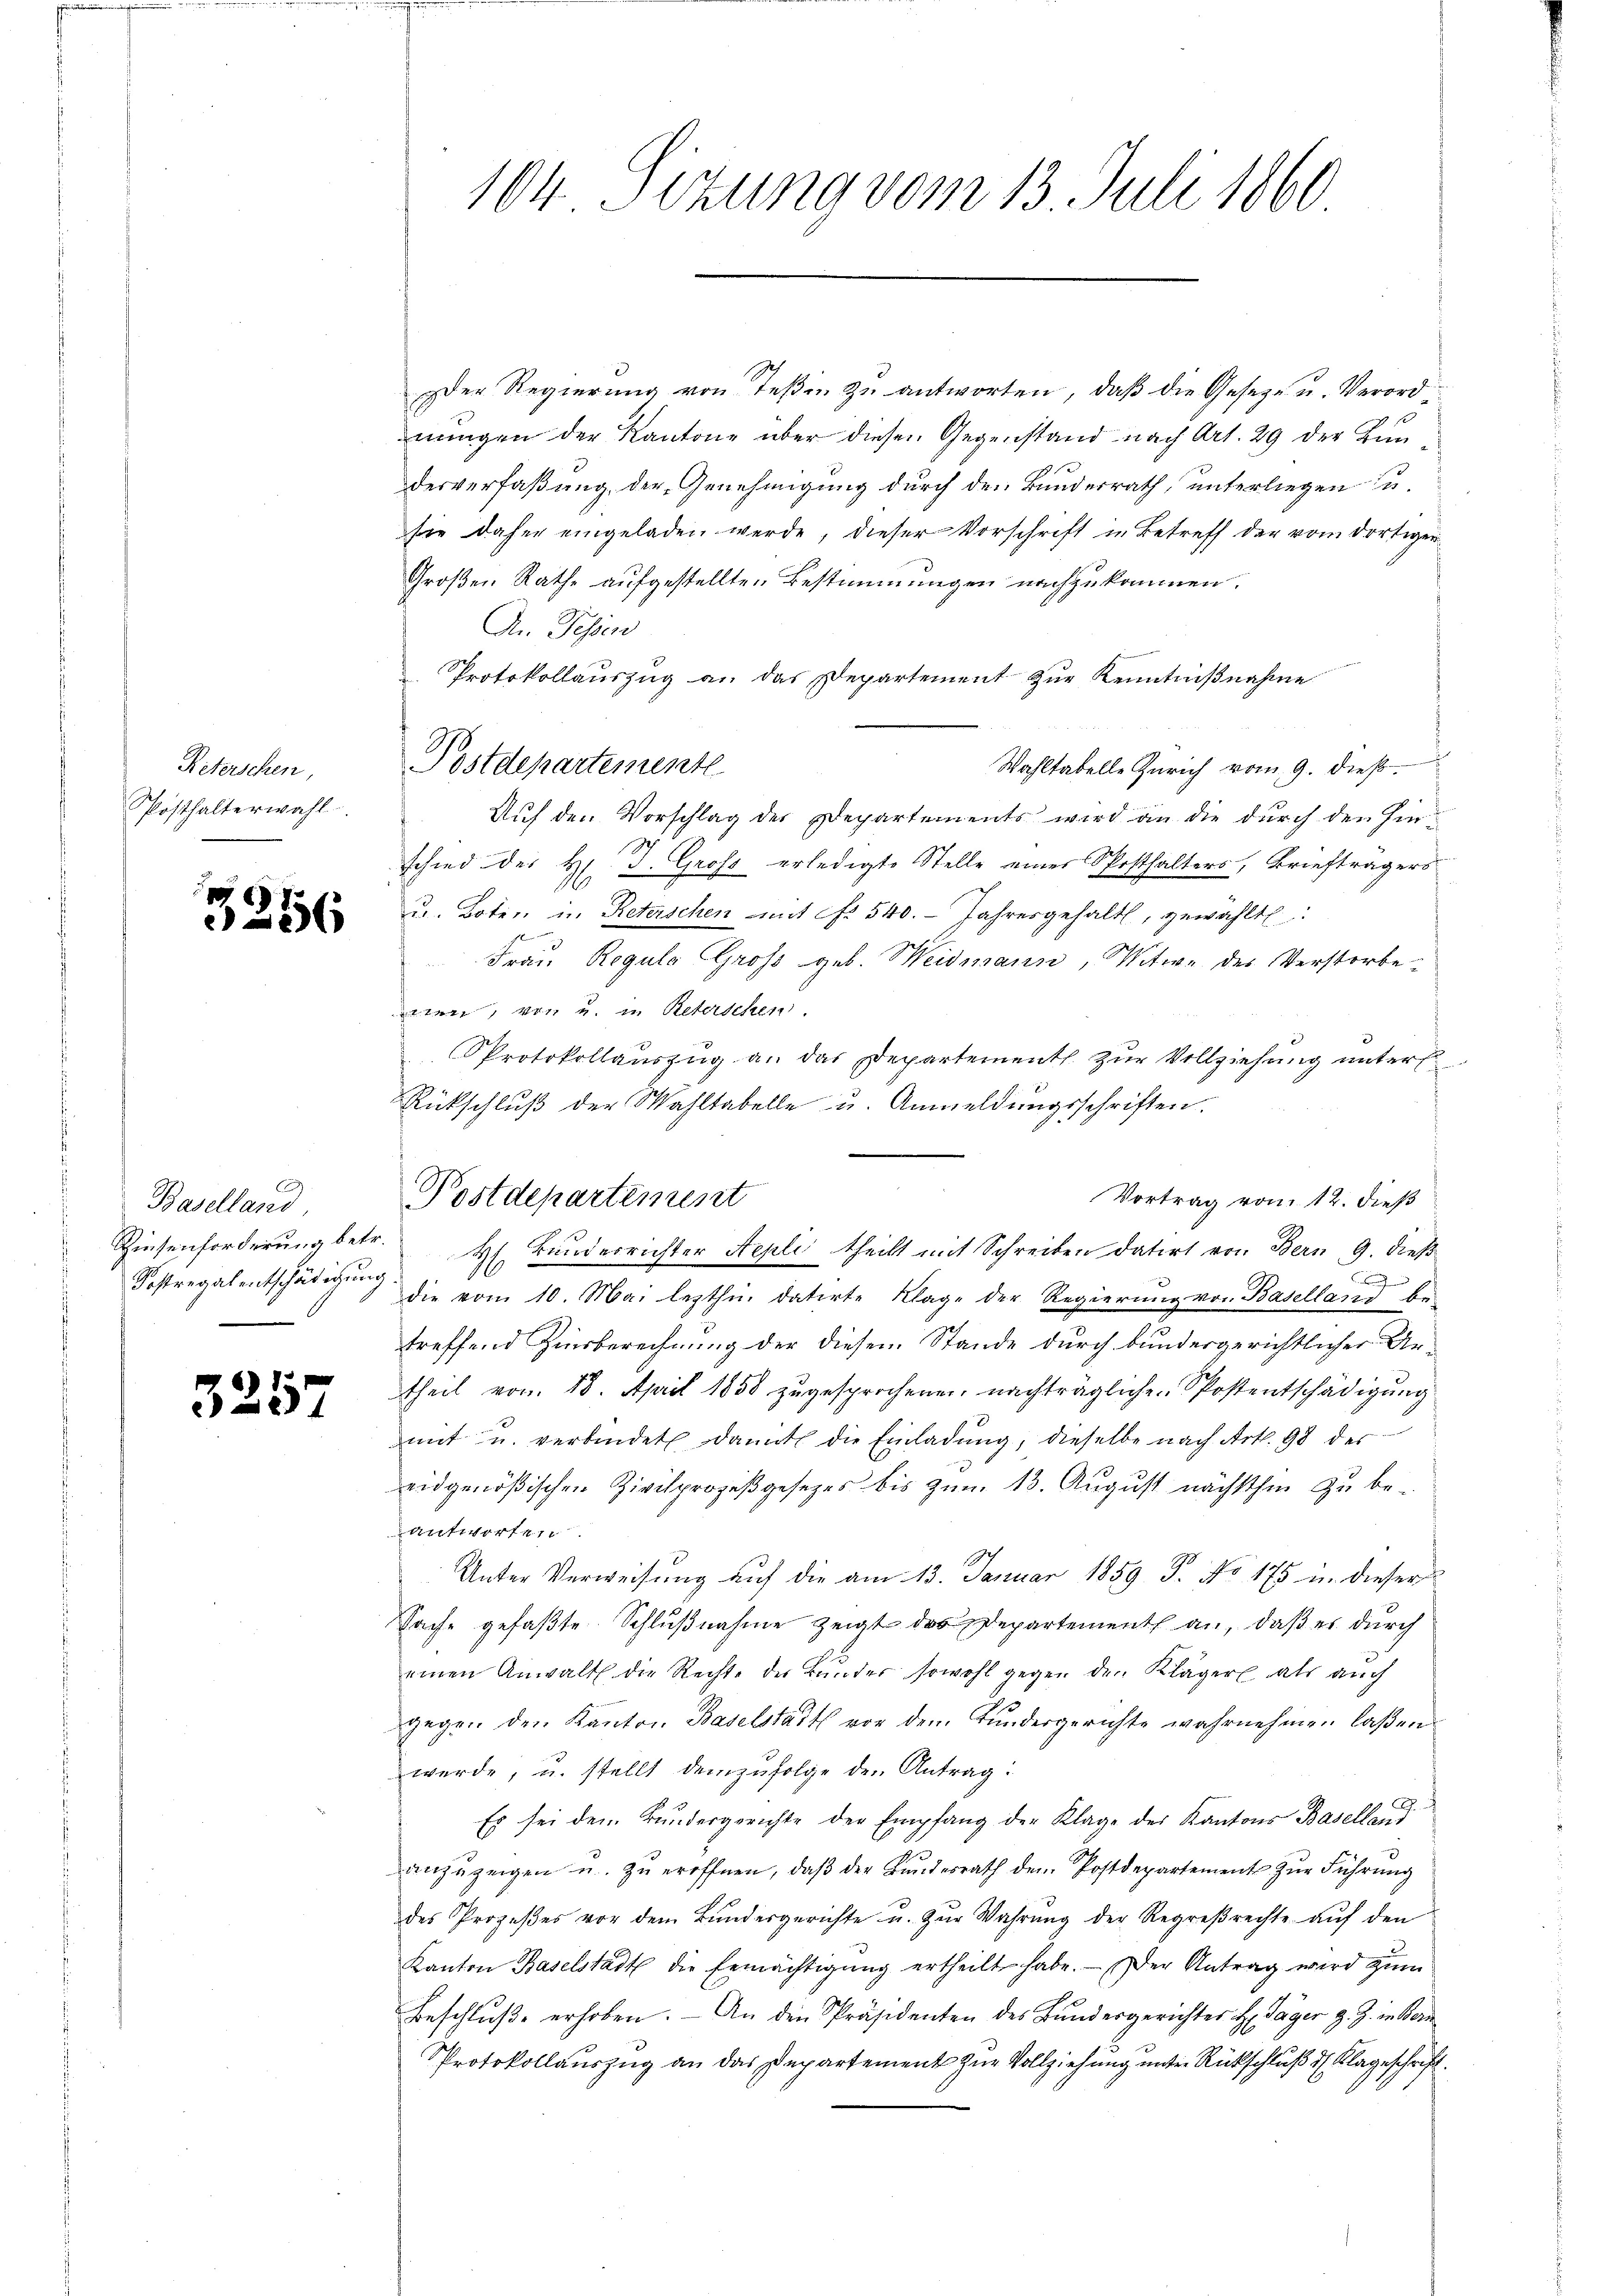
Reterschen,
Posthalterwahl

6
e

Baselland,
Sostregalentschädigung

33

1.
56

57

Der Regierung von Teßin zu antworten, daß die Geseze u. Verordnungen der Kantone über diesen Gegenstand nach Art. 29 der Bundesverfaßung der Genehmigung durch den Bunderrath, unterliegen u.
sie daher eingeladen werde, dieser Vorschrift in Betreff der vom dortiger
Großen Rathe aufgestellten Bestimmungen nachzukommen.
An Fessen
Protokollauszug an das Departement zur Kenntnißnahme
Wahltabelle Zürich vom 9. dieß.
Auf den Vorschlag der Departements wird an die durch den hinschied des H. J. Gross erledigte Stelle eines Sposthalters, Briefträgers
u. Boten, in Reterschen mit No. 540. Jahresgehalt, gewählt:
Frau Regula Gross geb. Weidmann, Witwe des Verstorbe
wen, von u. in Reterschen.
Protokollaŭszŭg a. das Departement zŭr Vollziehŭng ŭnter
Rückschlŭβ der Wahltabelle u. Anmeldŭngsschriften.
Vortrag vom 12. dieß
Riesenforderung betr. H. Bruderrichter Repli theilt mit Schreiben datirt von Bern, 9. dieß
die vom 10. Mai lezthin datirte Klage der Regierung von Baselland betreffend Zinsberechnung der diesem Stande durch bundergerichtlicher Artheil vom 18. April 1858 zugesprochener nachträgliche Spostentschädigung
mit u. verbindet damit die Einladung, dieselbe nach Art. 98 des
eidgenößischen Zivilprozeßgesetzes bis zum 13. August nächsthin zu beantworten.
Unter Verweisung auf die am 13. Januar 1859 J. No 175 u. dieser
Sache gefaßte Schlußnahme zeigt das Departement an, daß es durch
einen Anwalt die Rechte der Bŭnder sowohl gegen den Kläger als auch
gegen den Kanton Baselstadt vor dem Bundergerichte wahrnehmen laßen
werde, u. stellt demzufolge den Antrag:
.
Es sei dem Bundergerichte der Empfang der Klage des Kantons Baselland
anzuzeigen u. zŭ eröffnen, daβ der Bundesrath dem Postdepartement zŭr Führŭng
des Prozeßes vor dem Bundergerichte u. zŭr Wahrŭng der Regreβrechte aŭf den
Kanton Baselstadt die Ermächtigŭng ertheilt habe. Der Antrag wird zŭm
Beschluße erhoben. - An den Präsidenten des Bundergerichter H. Täger z. Z. in Bern
Protokollauszug an das Departement zur Vollziehung unter Rückschluß der Klageschrift.

Postdepartemente

104 Sizung vom 13. Juli 1860

Postdepartement